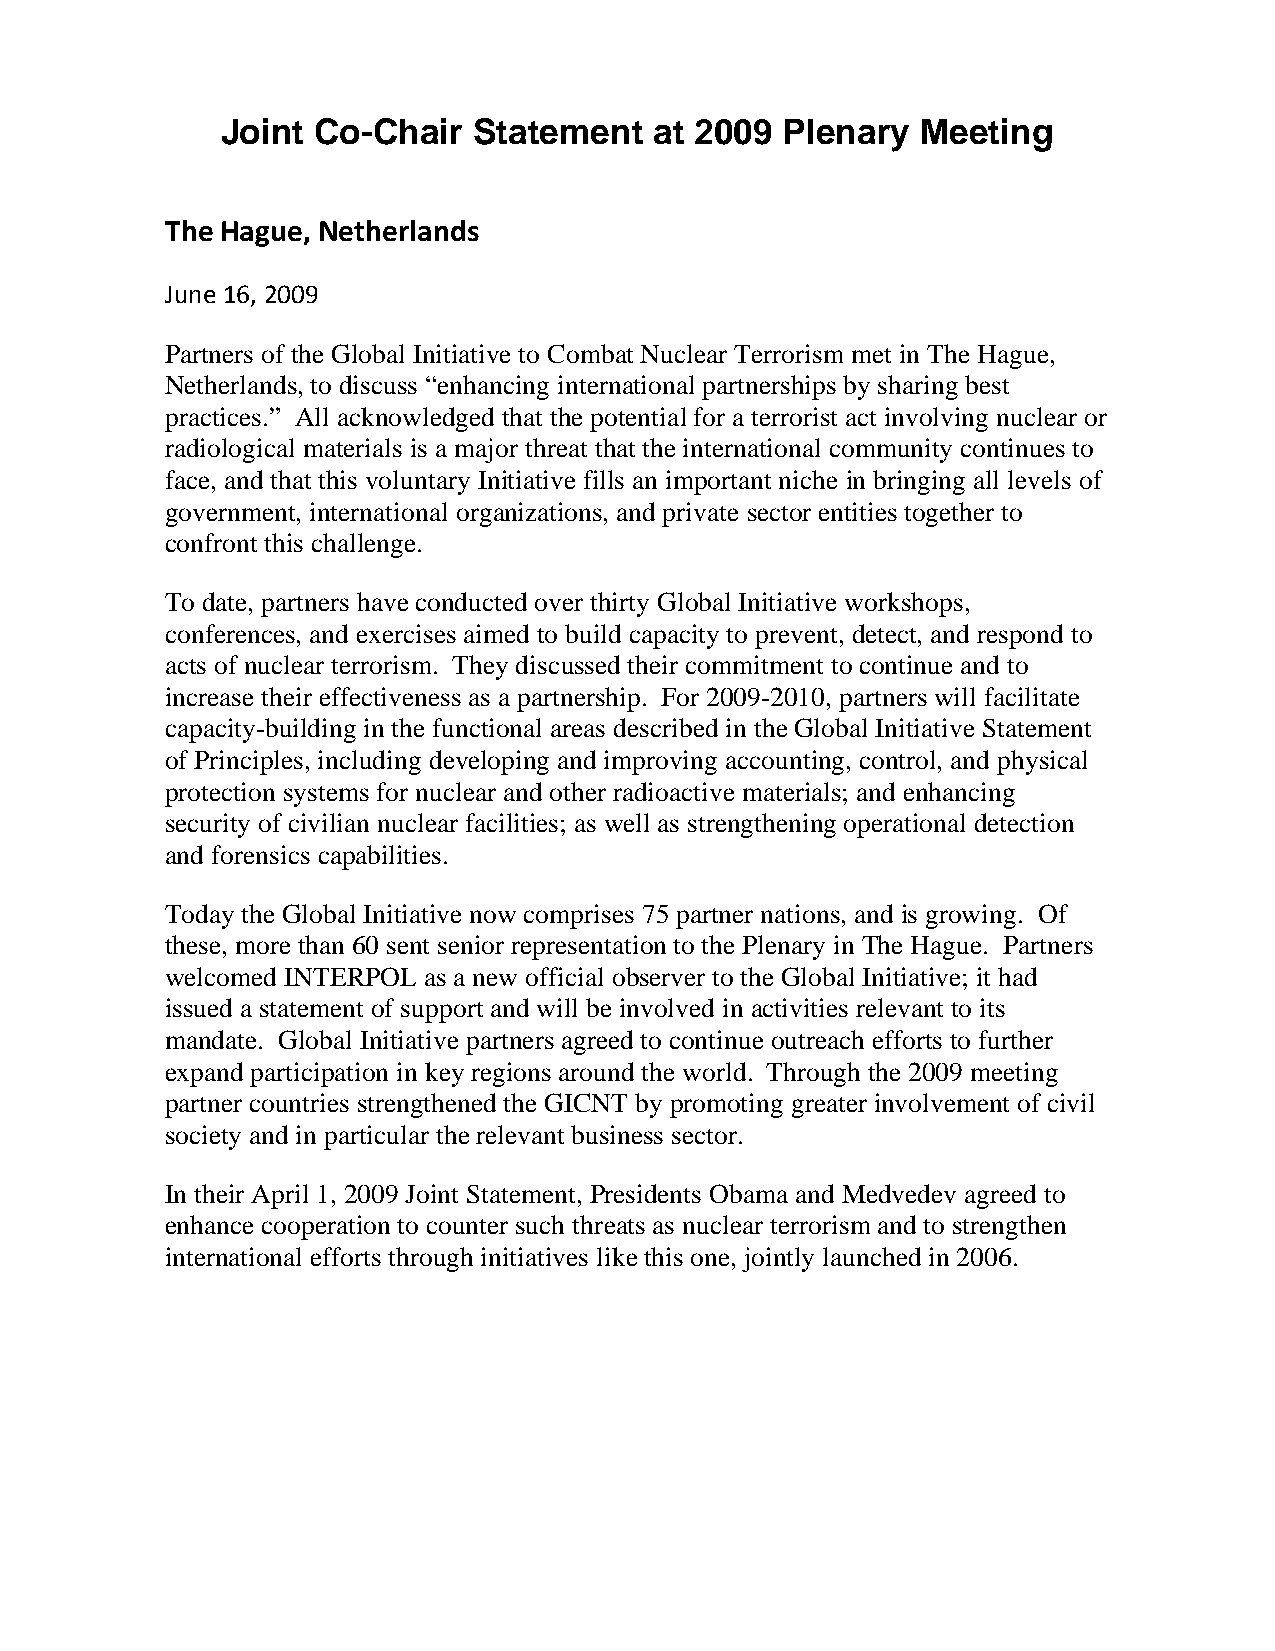
Joint Co-Chair  Statement   at 2009  Plenary  Meeting
 The Hague, Netherlands
 June 16, 2009
 Partners of the Global Initiative to Combat Nuclear Terrorism met in The Hague,
 Netherlands, to discuss “enhancing international partnerships by sharing best
 practices.” All acknowledged that the potential for a terrorist act involving nuclear or
 radiological materials is a major threat that the international community continues to
 face, and that this voluntary Initiative fills an important niche in bringing all levels of
 government, international organizations, and private sector entities together to
 confront this challenge.
 To date, partners have conducted over thirty Global Initiative workshops,
 conferences, and exercises aimed to build capacity to prevent, detect, and respond to
 acts of nuclear terrorism. They discussed their commitment to continue and to
 increase their effectiveness as a partnership. For 2009-2010, partners will facilitate
 capacity-building in the functional areas described in the Global Initiative Statement
 of Principles, including developing and improving accounting, control, and physical
 protection systems for nuclear and other radioactive materials; and enhancing
 security of civilian nuclear facilities; as well as strengthening operational detection
 and forensics capabilities.
 Today the Global Initiative now comprises 75 partner nations, and is growing. Of
 these, more than 60 sent senior representation to the Plenary in The Hague. Partners
 welcomed INTERPOL as a new official observer to the Global Initiative; it had
 issued a statement of support and will be involved in activities relevant to its
 mandate. Global Initiative partners agreed to continue outreach efforts to further
 expand participation in key regions around the world. Through the 2009 meeting
 partner countries strengthened the GICNT by promoting greater involvement of civil
 society and in particular the relevant business sector.
 In their April 1, 2009 Joint Statement, Presidents Obama and Medvedev agreed to
 enhance cooperation to counter such threats as nuclear terrorism and to strengthen
 international efforts through initiatives like this one, jointly launched in 2006.